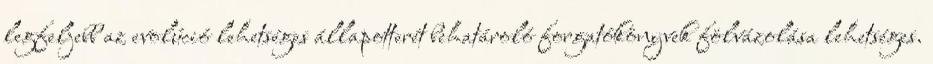
legfeljebb az evolúció lehetséges állapotterét behatároló forgatókönyvek fölvázolása lehetséges.